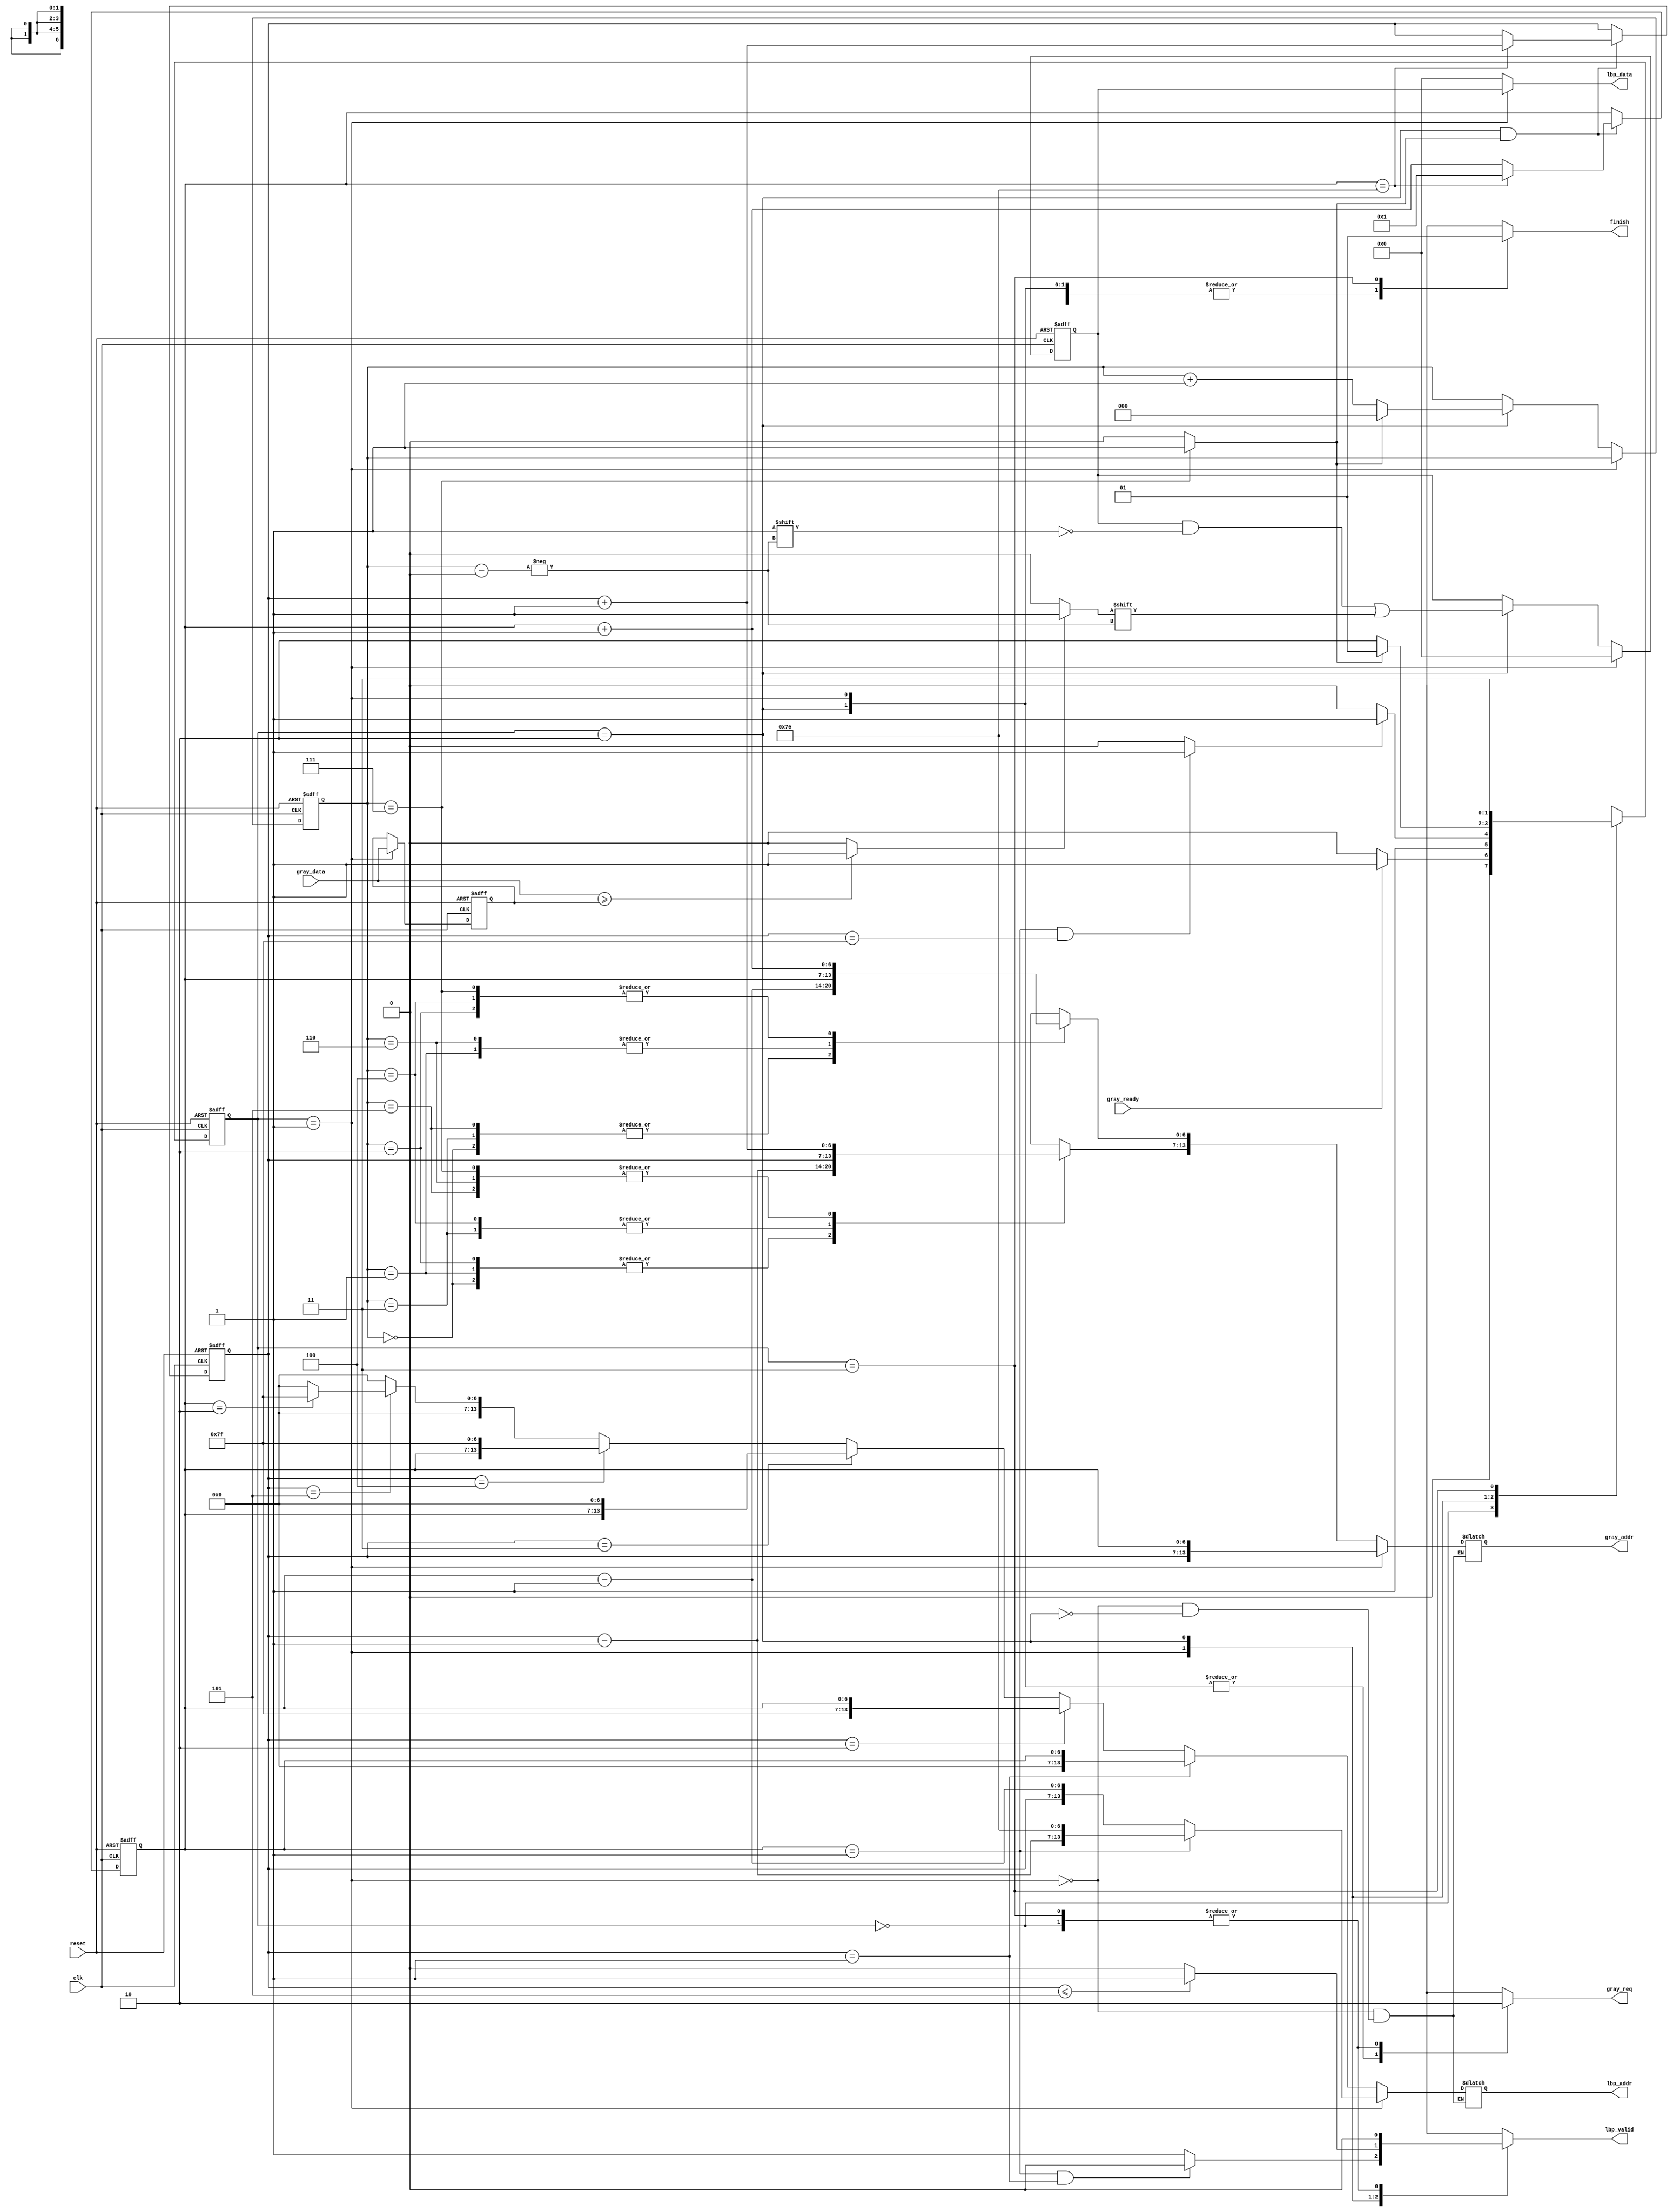

`timescale 1ns/10ps
module LBP ( clk, reset, gray_addr, gray_req, gray_ready, gray_data, lbp_addr, lbp_valid, lbp_data, finish);
input   	    clk;
input   	    reset;
output reg  [13:0] 	gray_addr;
output reg        	gray_req;
input   	    gray_ready;
input   [7:0] 	gray_data;
output  reg [13:0] 	lbp_addr;
output  reg	    lbp_valid;
output  [7:0] 	lbp_data;
output  reg	    finish;


//====================================================================
//state 
parameter INIT      = 2'd0;
parameter LOAD      = 2'd1;
parameter CALCULATE = 2'd2;
parameter FINISH    = 2'd3;


reg     [6:0]   col,row; //128*128 pixel
reg     [6:0]   col_t, row_t;
reg     [1:0]   cs,ns;
reg     [7:0]   working_data;
reg     [7:0]   sum; // calculate for lbp
reg     [2:0]   counter;
wire    [13:0]  address = {col,row};
reg     [13:0]  zero_address;
wire calculate_done = (counter == 3'd7) ? 1'b1 : 1'b0;
wire load_done = (col==7'h01 && row==7'h7f) ? 1'b1 : 1'b0;
wire bigger = (gray_data >= working_data) ? 1'b1 : 1'b0;
assign lbp_data = (cs == LOAD) ? sum : 8'd0;




always @(posedge clk or posedge reset) begin
    if (reset) begin
        cs <= INIT;
    end
    else begin
        cs <= ns;
    end
end

always @(posedge clk or posedge reset) begin
    if (reset)
        working_data <= 8'd0;
    else if (cs == LOAD)
        working_data <= gray_data;
end

always @(posedge clk or posedge reset) begin
    if (reset) begin
        row <= 7'd1;
        col <= 7'd1;
    end
    else if (cs == CALCULATE && calculate_done) begin
        col <= (col == 7'h7e) ? 7'd1 : (col + 7'd1);
        row <= (col == 7'h7e) ? (row + 7'd1) : row;
    end
end

always @(posedge clk or posedge reset) begin
    if (reset) begin
        sum <= 8'd0;
        counter <= 3'd0;
    end
    else if (cs == LOAD) begin
        sum <= 8'd0;
    end
    else if (cs == CALCULATE) begin
        if (calculate_done) begin
            counter <= 3'd0;
            sum[counter] <= (bigger) ? 1'b1 : 1'b0;
        end
        else begin
            sum[counter] <= (bigger) ? 1'b1 : 1'b0;
            counter <= counter + 3'd1;
        end
    end    
end

always @(*) begin
    case (counter)
        3'd0 : begin
            col_t = col - 7'd1;
            row_t = row - 7'd1;
        end
        3'd1 : begin
            col_t = col;
            row_t = row - 7'd1;
        end
        3'd2 : begin
            col_t = col + 7'd1;
            row_t = row - 7'd1;
        end
        3'd3 : begin
            col_t = col - 7'd1;
            row_t = row;
        end
        3'd4 : begin
            col_t = col + 7'd1;
            row_t = row;
        end
        3'd5 : begin
            col_t = col - 7'd1;
            row_t = row + 7'd1;
        end
        3'd6 : begin
            col_t = col;
            row_t = row + 7'd1;
        end
        3'd7 : begin
            col_t = col + 7'd1;
            row_t = row + 7'd1;
        end
    endcase
end

always @(*) begin
    if (cs == LOAD) begin
        gray_addr = {row, col};
        lbp_addr = (col == 7'h1) ? {(row-7'h1), 7'h7e} : {row, (col-7'h1)};
    end
    else if (cs == CALCULATE) begin
        lbp_addr = zero_address;
        gray_addr = {row_t, col_t};
    end
end

always @(*) begin
    if(row == 7'h01) 
        zero_address = {7'h00, col};
    else if (row == 7'h02)
        zero_address = {7'h7f, col};
    else if (row == 7'h03)
        zero_address = {col, 7'h00};
    else if (row == 7'h04)
        zero_address = {col, 7'h7f};
    else if (row == 7'h05) begin
        case (col)
            7'd1 : zero_address = {7'h00,7'h00};
            7'd2 : zero_address = {7'h00,7'h7f};
            7'd2 : zero_address = {7'h7f,7'h00};
            7'd2 : zero_address = {7'h7f,7'h7f};
            default : zero_address = {7'h00,7'h00};
        endcase
    end
    else zero_address = {7'h00,7'h00};
end

// next state logic
always @(*) begin
    case (cs)
        INIT        : ns = (gray_ready) ? LOAD : INIT;
        LOAD        : ns = (load_done) ?  FINISH : CALCULATE;
        CALCULATE   : ns = (calculate_done) ? LOAD : CALCULATE;
        FINISH      : ns = FINISH;
    endcase
end

// output logic
always @(*) begin
    case (cs)
        INIT : begin
            gray_req = 1'b0;
            finish = 1'b0; 
            lbp_valid = 1'b0;
        end
        LOAD : begin
            gray_req = 1'b1;
            finish = 1'b0; 
            lbp_valid = (col == 7'd1 && row == 7'd1) ? 1'b0 : 1'b1; //first load can not write lbp
        end
        CALCULATE : begin
            gray_req = 1'b1;
            finish = 1'b0; 
            lbp_valid = (row <= 7'h5) ? 1'b1 : 1'b0;  //write lbp into 0 at the begining
        end
        FINISH : begin
            gray_req = 1'b0;
            finish = 1'b1; 
            lbp_valid = 1'b0;
        end
    endcase
end

//====================================================================
endmodule